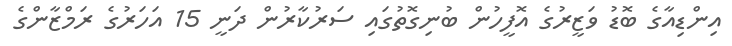
އިންޑިއާގެ ބޮޑު ވަޒީރުގެ އޮފީހުން ބުނިގޮތުގައި ސަރުކާރުން ދަނީ 15 އަހަރުގެ ރަމްޒާންގެ